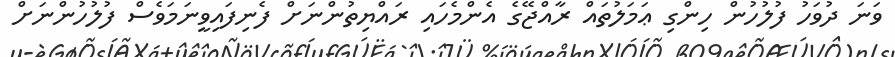
ވަނަ ދުވަހު ފުލުހުން ހިންގި ޢަމަލުތައް ރާއްޖޭގެ އެންމެހައި ރައްޔިތުންނަށް ފެނިފައިވީނަމަވެސް ފުލުހުންނަށް